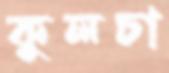
কুলচা